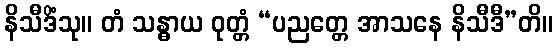
နိသီဒိံသု။ တံ သန္ဓာယ ဝုတ္တံ “ပညတ္တေ အာသနေ နိသီဒီ”တိ။